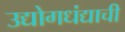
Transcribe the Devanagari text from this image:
उद्योगधंद्याची